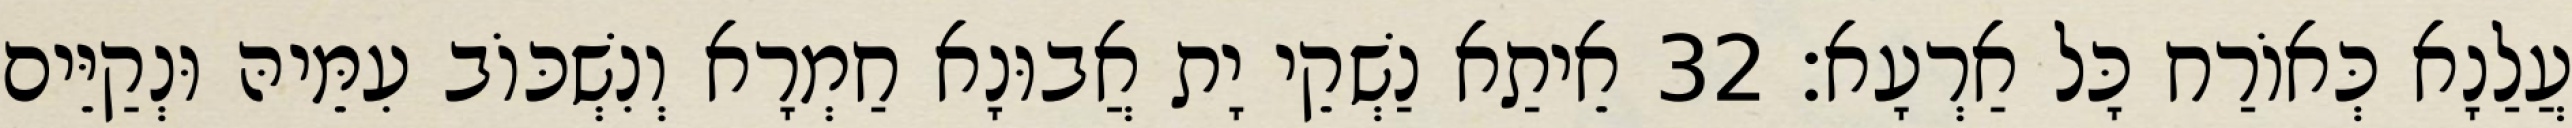
עֲלַנָא כְּאוֹרַח כָּל אַרְעָא׃ 32 אֵיתַא נַשְׁקֵי יָת אֲבוּנָא חַמְרָא וְנִשְׁכּוֹב עִמֵּיהּ וּנְקַיֵּים